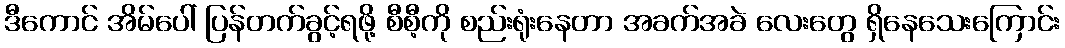
ဒီကောင် အိမ်ပေါ် ပြန်တက်ခွင့်ရဖို့ စီစီ့ကို စည်းရုံးနေတာ အခက်အခဲ လေးတွေ ရှိနေသေးကြောင်း